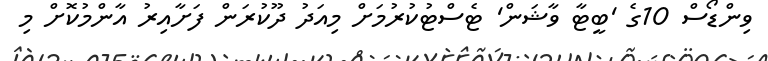
ވިންޑޯސް 10ގެ 'ބީޓާ ވާޝަން' ޓެސްޓުކުރުމަށް މިއަދު ދޫކުރަން ފަށާއިރު އާންމުކޮށް މި